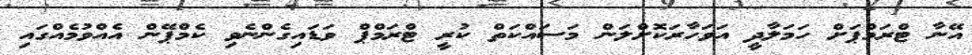
އޭނާ ޓްރަމްޕަށް ހަމަލާދީ އަވަހާރަކޮށްލަން މަސައްކަތް ކުރީ ޓްރަމްޕް ވަޑައިގެންނެވި ކެމްޕޭން އެއްވުމެއްގައި